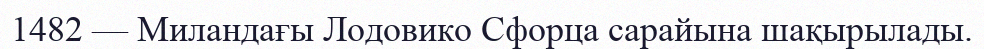
1482 — Миландағы Лодовико Сфорца сарайына шақырылады.